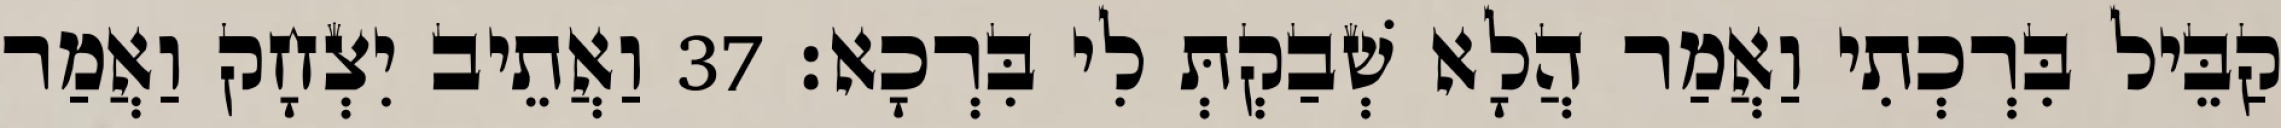
קַבֵּיל בִּרְכְתִי וַאֲמַר הֲלָא שְׁבַקְתְּ לִי בִּרְכָא׃ 37 וַאֲתֵיב יִצְחָק וַאֲמַר